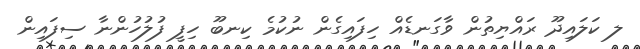
ލ ކަލައިދޫ ރައްޔިތުން ވާގަނޑެއް ހިފައިގެން ނުކުމެ ކިނބޫ ހިފީ ފުލުހުންނާ ސިފައިން